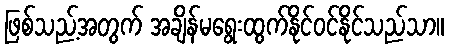
ဖြစ်သည့်အတွက် အချိန်မရွေးထွက်နိုင်ဝင်နိုင်သည်သာ။